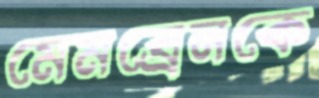
মেমব্রেনকে